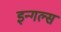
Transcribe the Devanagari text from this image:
इन्गल्स